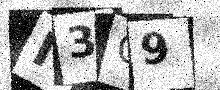
Text: I3C9